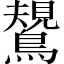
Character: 𪄯